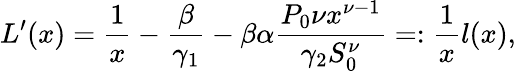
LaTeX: L^{\prime}(x)=\frac 1x-\frac{\beta}{\gamma_{1}}-\beta\alpha\frac{P_{0}\nu x^{\nu-1}}{\gamma_{2}S_{0}^{\nu}}=:\frac{1}{x}l(x),